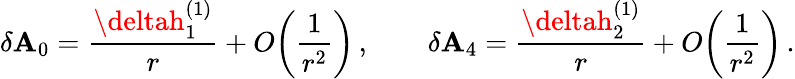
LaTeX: \delta\mathbf{A}_{0}={\frac{{\deltah_{1}^{(1)}}}{{r}}}+O\! \left({\frac{{1}}{{r^{2}}}}\right)\, ,\qquad\delta\mathbf{A}_{4}={\frac{{\deltah_{2}^{(1)}}}{{r}}}+O\! \left({\frac{{1}}{{r^{2}}}}\right)\, .